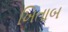
ખિતાબ